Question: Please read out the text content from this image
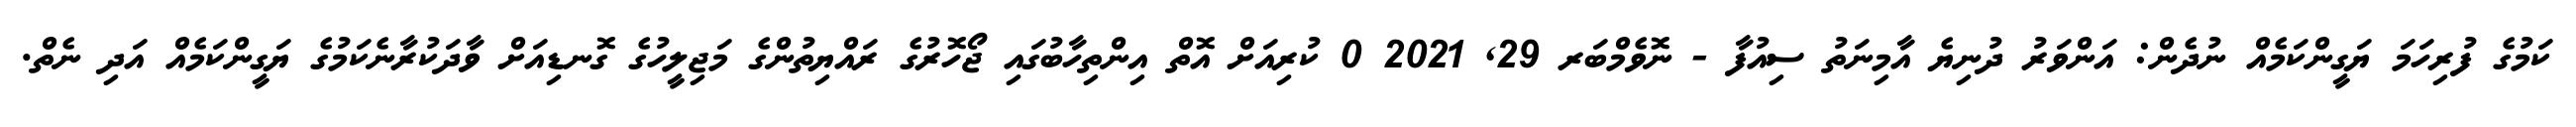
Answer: ކަމުގެ ފުރިހަމަ ޔަގީންކަމެއް ނުދެން: އަންވަރު ދުނިޔެ އާމިނަތު ސިއުފާ - ނޮވެމްބަރ 29, 2021 0 ކުރިއަށް އޮތް އިންތިހާބުގައި ޖޯހޮރުގެ ރައްޔިތުންގެ މަޖިލީހުގެ ގޮނޑިއަށް ވާދަކުރާނެކަމުގެ ޔަގީންކަމެއް އަދި ނެތް.